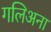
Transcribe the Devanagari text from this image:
गलिअना